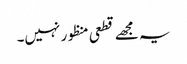
یہ مجھے قطعی منظور نہیں۔